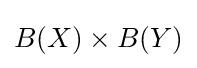
B(X)\times B(Y)